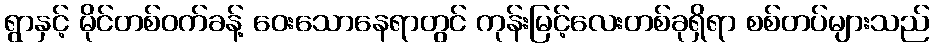
ရွာနှင့် မိုင်တစ်ဝက်ခန့် ဝေးသောနေရာတွင် ကုန်းမြင့်လေးတစ်ခုရှိရာ စစ်တပ်များသည်